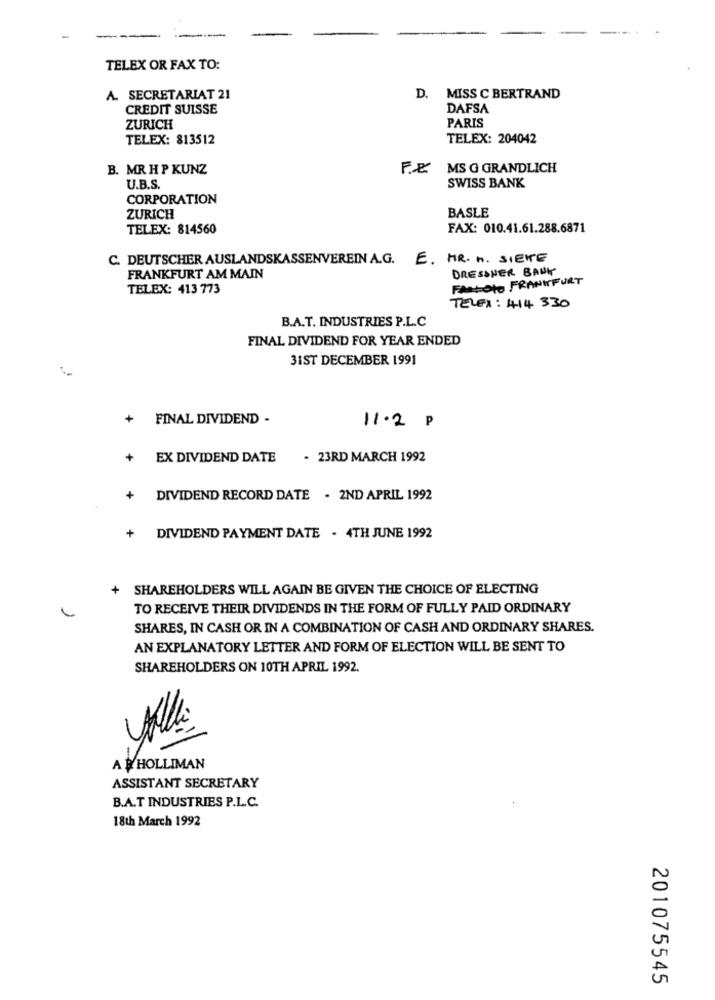
-
TELEX OR FAX TO:
A. SECRETARIAT 21
D. MISS C BERTRAND
CREDIT SUISSE
DAFSA
PARIS
ZURICH
TELEX: 813512
TELEX: 204042
B. MR HP KUNZ
F. & MS G GRANDLICH
SWISS BANK
U.B.S.
CORPORATION
BASLE
ZURICH
TELEX: 814560
FAX: 010.41.61.288.6871
C. DEUTSCHER AUSLANDSKASSENVEREIN A.G. E. MR. h. SIEKE
DRESDNER BANK
FRANKFURT AM MAIN
FARLOto FRANKFURT
TELEX: 413 773
TELEX: 414 330
B.A.T. INDUSTRIES P.L.C
FINAL DIVIDEND FOR YEAR ENDED
31ST DECEMBER 1991
+
FINAL DIVIDEND -
11.2 P
+
EX DIVIDEND DATE
- 23RD MARCH 1992
+
DIVIDEND RECORD DATE . 2ND APRIL 1992
+
DIVIDEND PAYMENT DATE . 4TH JUNE 1992
+ SHAREHOLDERS WILL AGAIN BE GIVEN THE CHOICE OF ELECTING
TO RECEIVE THEIR DIVIDENDS IN THE FORM OF FULLY PAID ORDINARY
SHARES, IN CASH OR IN A COMBINATION OF CASH AND ORDINARY SHARES.
AN EXPLANATORY LETTER AND FORM OF ELECTION WILL BE SENT TO
SHAREHOLDERS ON 10TH APRIL 1992.
A WHOLLIMAN
ASSISTANT SECRETARY
B.A.T INDUSTRIES P.L.C.
18th March 1992
U
in
201075545